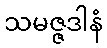
သမဇ္ဇဒါနံ